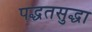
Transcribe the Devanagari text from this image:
पद्धतसुद्धा